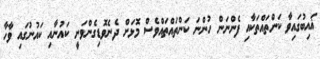
ޣައިބުގައިވާ ކަންތައްތަކާއި ފެންނަން ހުންނަ ކަންތައްތައްވެސް މޮޅަށް ދެނެވޮޑިގެންވަނީ ކައުނާއި ކައުނުގައި ވާހާ